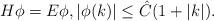
LaTeX: \begin{align*} H\phi=E\phi , |\phi(k)|\leq \hat{C}(1+|k|). \end{align*}